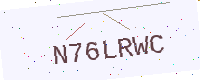
Text: N76LRWC